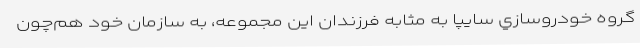
گروه خودروسازي سايپا به مثابه فرزندان اين مجموعه، به سازمان خود هم­چون